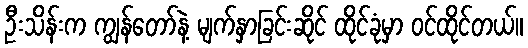
ဦးသိန်းက ကျွန်တော်နဲ့ မျက်နှာခြင်းဆိုင် ထိုင်ခုံမှာ ဝင်ထိုင်တယ်။